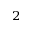
_ 2